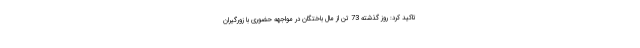
تاکید کرد: روز گذشته 73 تن از مال باختگان در مواجهه حضوری با زورگیران